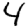
Digit: 4